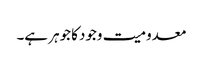
معدومیت وجودکا جوہر ہے۔